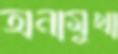
অনামুখা